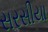
સરસીયા